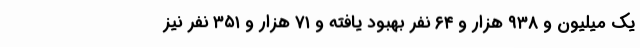
یک میلیون و ۹۳۸ هزار و ۶۴ نفر بهبود یافته و ۷۱ هزار و ۳۵۱ نفر نیز